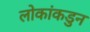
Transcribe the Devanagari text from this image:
लोकांकडुन